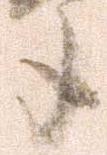
年